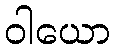
ဝါယော